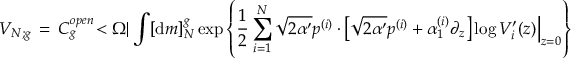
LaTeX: { \cal V } _ { N ; g } \, = \, { \cal C } _ { g } ^ { o p e n } \! < \Omega | \int [ { \mathrm { d } } m ] _ { N } ^ { g } \exp \left\{ \frac { 1 } { 2 } \sum _ { i = 1 } ^ { N } \sqrt { 2 \alpha ^ { \prime } } p ^ { ( i ) } \cdot \left. \! \left[ \sqrt { 2 \alpha ^ { \prime } } p ^ { ( i ) } + { \alpha } _ { 1 } ^ { ( i ) } \partial _ { z } \right] \log V _ { i } ^ { \prime } ( z ) \right| _ { z = 0 } \right\}